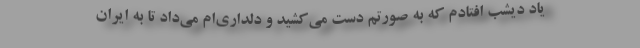
یاد دیشب افتادم که به صورتم دست می‌کشید و دلداری‌ام می‌داد تا به ایران